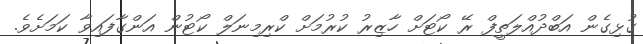
ގުޅިގެން އަބްދުއްލަތީފް ރޭ ކޯޓަށް ހާޒިރު ކުރުމަށް ކްރިމިނަލް ކޯޓުން އަންގާފައިވާ ކަމަށެވެ.